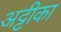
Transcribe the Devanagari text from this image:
अट्टीका